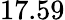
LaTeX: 17.59